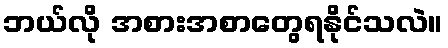
ဘယ်လို အစားအစာတွေရနိုင်သလဲ။